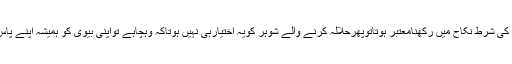
اگرطلاق کی شرط نکاح میں رکھنامعتبر ہوتاتوپھرحلالہ کرنے والے شوہر کویہ اختیارہی نہیں ہوتاکہ وہچاہے تواپنی بیوی کو ہمیشہ اپنے پاس رکھے۔